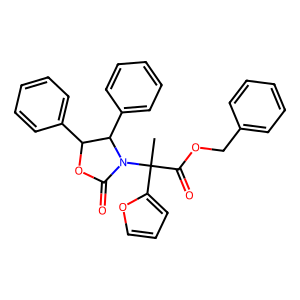
SMILES: CC(C(=O)OCc1ccccc1)(c1ccco1)N1C(=O)OC(c2ccccc2)C1c1ccccc1
Inhibits HIV replication: No